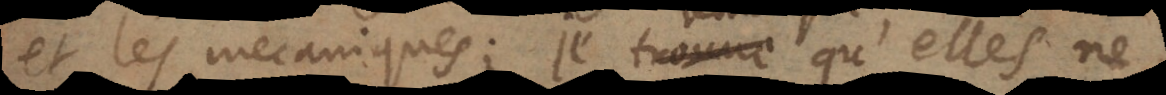
et les mecaniques; je remarque qu’elles ne